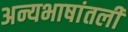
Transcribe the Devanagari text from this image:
अन्यभाषांतली